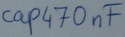
Text: cap470nF